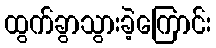
ထွက်ခွာသွားခဲ့ကြောင်း